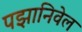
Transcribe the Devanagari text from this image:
पझानिवेल